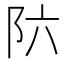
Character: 𲉊